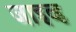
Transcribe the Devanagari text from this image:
जाइव्ह